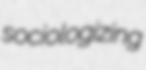
sociologizing